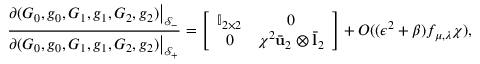
\frac { \partial ( G _ { 0 } , g _ { 0 } , G _ { 1 } , g _ { 1 } , G _ { 2 } , g _ { 2 } ) \big | _ { \mathcal { S } _ { - } } } { \partial ( G _ { 0 } , g _ { 0 } , G _ { 1 } , g _ { 1 } , G _ { 2 } , g _ { 2 } ) \big | _ { \mathcal { S } _ { + } } } = \left[ \begin{array} { c c } { \mathbb { I } _ { 2 \times 2 } } & { 0 } \\ { 0 } & { \chi ^ { 2 } \bar { \mathbf { u } } _ { 2 } \otimes \bar { \mathbf { l } } _ { 2 } } \end{array} \right] + O ( ( \epsilon ^ { 2 } + \beta ) f _ { \mu , \lambda } \chi ) ,